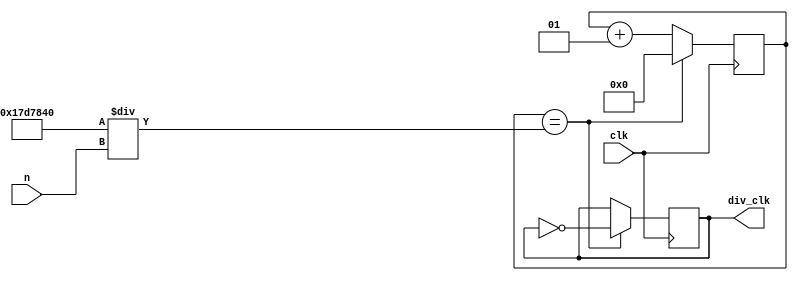
/*
		input clock is 50MHZ
		output clock will be n_HZ
																*/
module clock_divide (input clk, input [31:0] n, output reg div_clk);
integer 	counter = 0;
initial	div_clk = 0;

always@ (posedge clk)
begin	
	if(counter == (25000000/n)) begin
		counter <= 0;
		div_clk <= ~div_clk;
	end
	else begin
		counter <= counter + 1;
		div_clk <= div_clk;
	end
end

endmodule